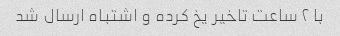
با ٢ ساعت تاخیر یخ کرده و اشتباه ارسال شد